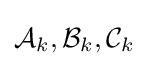
{\mathcal {A}}_{k},{\mathcal {B}}_{k},{\mathcal {C}}_{k}